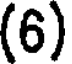
(6)